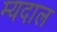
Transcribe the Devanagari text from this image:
म्यदाल